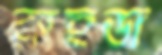
রুহুডা